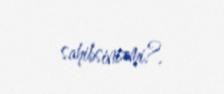
sahibsinizmi?.